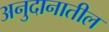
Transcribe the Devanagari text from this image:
अनुदानातील